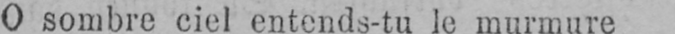
le murmure